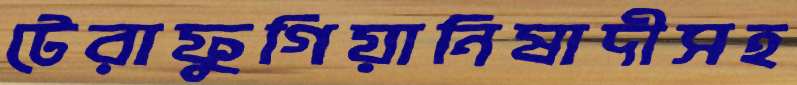
টেরাফুগিয়ানিষাদীসহ